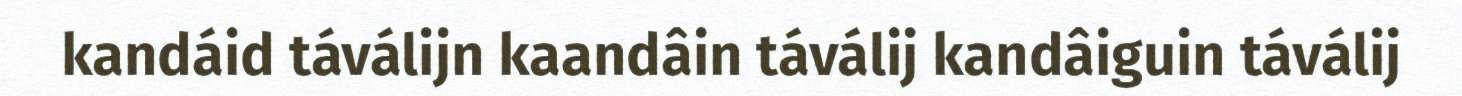
kandáid táválijn kaandâin táválij kandâiguin táválij